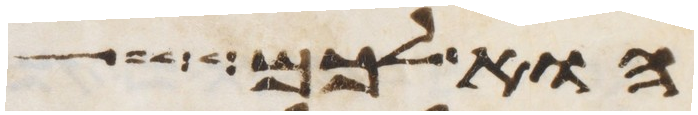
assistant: הוא לכם